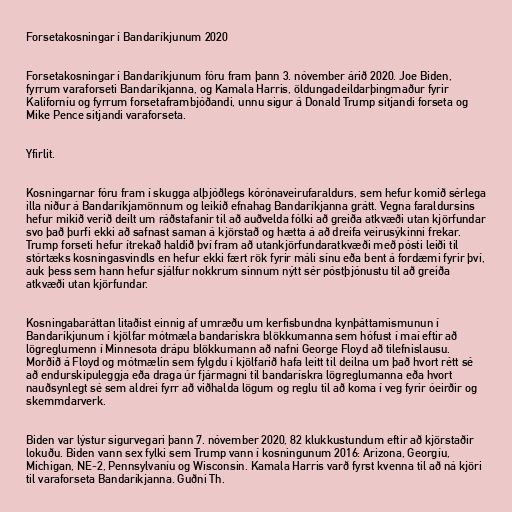
Forsetakosningar í Bandaríkjunum 2020

Forsetakosningar í Bandaríkjunum fóru fram þann 3. nóvember árið 2020. Joe Biden,
fyrrum varaforseti Bandaríkjanna, og Kamala Harris, öldungadeildarþingmaður fyrir
Kaliforníu og fyrrum forsetaframbjóðandi, unnu sigur á Donald Trump sitjandi forseta og
Mike Pence sitjandi varaforseta.

Yfirlit.

Kosningarnar fóru fram í skugga alþjóðlegs kórónaveirufaraldurs, sem hefur komið sérlega
illa niður á Bandaríkjamönnum og leikið efnahag Bandaríkjanna grátt. Vegna faraldursins
hefur mikið verið deilt um ráðstafanir til að auðvelda fólki að greiða atkvæði utan kjörfundar
svo það þurfi ekki að safnast saman á kjörstað og hætta á að dreifa veirusýkinni frekar.
Trump forseti hefur ítrekað haldið því fram að utankjörfundaratkvæði með pósti leiði til
stórtæks kosningasvindls en hefur ekki fært rök fyrir máli sínu eða bent á fordæmi fyrir því,
auk þess sem hann hefur sjálfur nokkrum sinnum nýtt sér póstþjónustu til að greiða
atkvæði utan kjörfundar.

Kosningabaráttan litaðist einnig af umræðu um kerfisbundna kynþáttamismunun í
Bandaríkjunum í kjölfar mótmæla bandarískra blökkumanna sem hófust í maí eftir að
lögreglumenn í Minnesota drápu blökkumann að nafni George Floyd að tilefnislausu.
Morðið á Floyd og mótmælin sem fylgdu í kjölfarið hafa leitt til deilna um það hvort rétt sé
að endurskipuleggja eða draga úr fjármagni til bandarískra lögreglumanna eða hvort
nauðsynlegt sé sem aldrei fyrr að viðhalda lögum og reglu til að koma í veg fyrir óeirðir og
skemmdarverk.

Biden var lýstur sigurvegari þann 7. nóvember 2020, 82 klukkustundum eftir að kjörstaðir
lokuðu. Biden vann sex fylki sem Trump vann í kosningunum 2016: Arizona, Georgíu,
Michigan, NE-2, Pennsylvaníu og Wisconsin. Kamala Harris varð fyrst kvenna til að ná kjöri
til varaforseta Bandaríkjanna. Guðni Th.